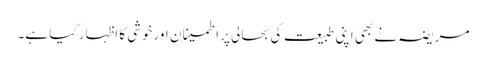
مریضہ نے بھی اپنی طبیعت کی بحالی پر اطمینا ن اورخوشی کا اظہار کیا ہے۔